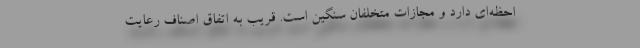
احظه‌ای دارد و مجازات متخلفان سنگین است. قریب به اتفاق اصناف رعایت